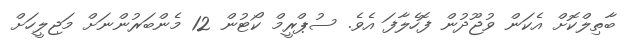
ބާތިލްކޮށް އެކަން ވުޖޫދުން ފޮހެލާފަ އެވެ. ސުޕްރީމް ކޯޓުން 12 މެންބަރުންނަށް މަޖިލީހަށް